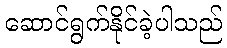
ဆောင်ရွက်နိုင်ခဲ့ပါသည်